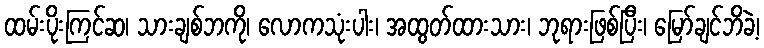
ထမ်းပိုးကြင်ဆ၊ သားချစ်ဘကို၊ လောကသုံးပါး၊ အထွတ်ထားသား၊ ဘုရားဖြစ်ပြီး၊ မြော်ချင်ဘိခဲ့၊